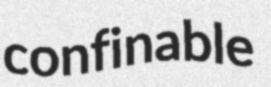
confinable